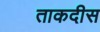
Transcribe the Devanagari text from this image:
ताकदीस